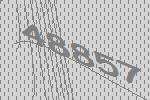
48857